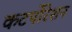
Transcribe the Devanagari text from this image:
कटर्पोरेशन